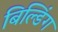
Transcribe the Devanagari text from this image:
बिल्‍डिंग